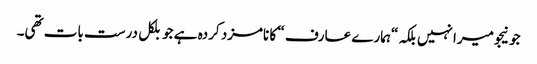
جونیجو میرا نہیں بلکہ “ہمارے عارف “ کا نامزد کردہ ہے جو بلکل درست بات تھی۔